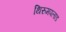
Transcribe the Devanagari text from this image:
थिरुमपलाड